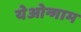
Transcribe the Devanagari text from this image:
येओन्गाम